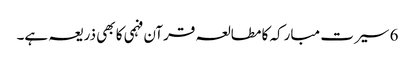
6 سیرت مبارکہ کا مطالعہ قرآن فہمی کا بھی ذریعہ ہے۔